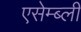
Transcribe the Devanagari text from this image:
एसेम्ब्ली